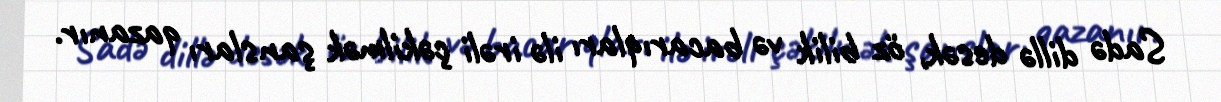
Sadə dillə desək, öz bilik və bacarıqları ilə irəli çəkilmək şansları qazanır.